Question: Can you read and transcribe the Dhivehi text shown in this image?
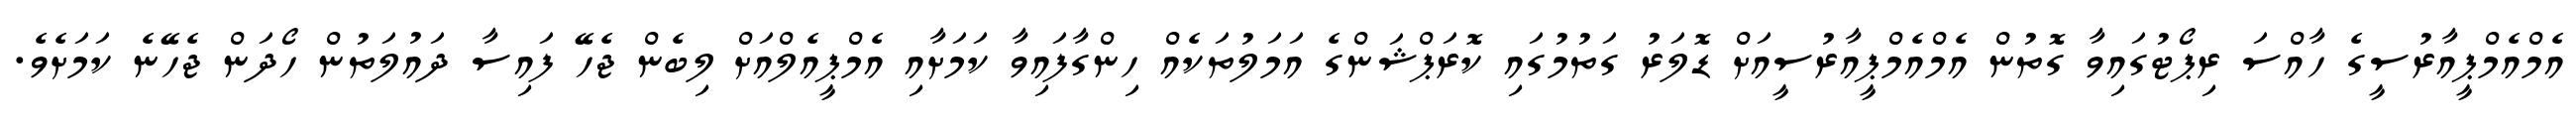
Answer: އެމްއެމްޕީއާރުސީގެ ހާއްސަ ރިޕޯޓުގައިވާ ގޮތުން އެމްއެމްޕީއާރުސީއަށް ޑޮލަރު ގަތުމުގައި ކޮރަޕްޝަންގެ އަމަލުތަކެއް ހިންގާފައިވާ ކަމަށާއި އެމްޕީއެލްއަށް ލިބެން ޖެހޭ ފައިސާ ދައުލަތުން ހޯދަން ޖެހޭނެ ކަމަށެވެ.